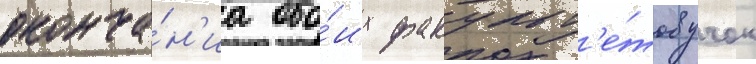
оконча́н'иа обо́их факульт'е́тов учок